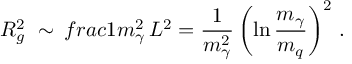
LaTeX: R _ { g } ^ { 2 } \ \sim \, f r a c { 1 } { m _ { \gamma } ^ { 2 } } \, L ^ { 2 } = \frac { 1 } { m _ { \gamma } ^ { 2 } } \left( \ln \frac { m _ { \gamma } } { m _ { q } } \right) ^ { 2 } \, .